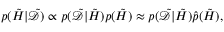
p ( \tilde { H } | \tilde { \mathcal { D } } ) \propto p ( \tilde { \mathcal { D } } | \tilde { H } ) p ( \tilde { H } ) \approx p ( \tilde { \mathcal { D } } | \tilde { H } ) \hat { p } ( \tilde { H } ) ,